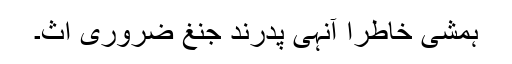
ہمشی خاطرا آنہی پدرند جنغ ضروری اث۔